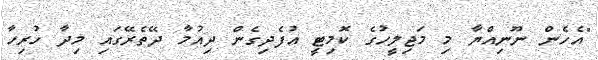
"އެހެން ނޫނިއްޔާ މި މަޖިލީހުގެ ކޮމިޓީ އުފެދިގެން ދިއުމާ ދޭތެރޭގައި މިދާ ހުރިހާ